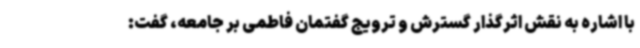
با اشاره به نقش اثرگذار گسترش و ترویج گفتمان فاطمی بر جامعه، گفت: